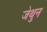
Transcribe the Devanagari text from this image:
जेथुन